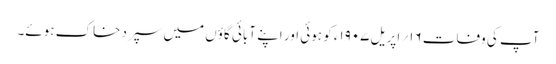
آپ کی وفات ۱۶؍ اپریل ۱۹۰۷ء کو ہوئی اور اپنے آبائی گاؤں میں سپرد خاک ہوئے۔